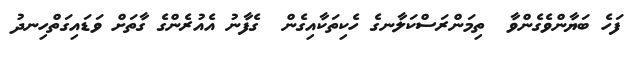
ފަހެ ބަޔާންވެގެންވާ  ތިމަންރަސްކަލާނގެ ހެކިތަކާއިގެން  ގެފާނު އެއުރެންގެ ގާތަށް ވަޑައިގަތްހިނދު